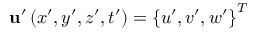
\mathbf { u } ^ { \prime } \left( x ^ { \prime } , y ^ { \prime } , z ^ { \prime } , t ^ { \prime } \right) = \left\{ u ^ { \prime } , v ^ { \prime } , w ^ { \prime } \right\} ^ { T }